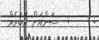
:      :  ސަންއަށް ޚަބަރެއް